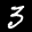
Label: 3